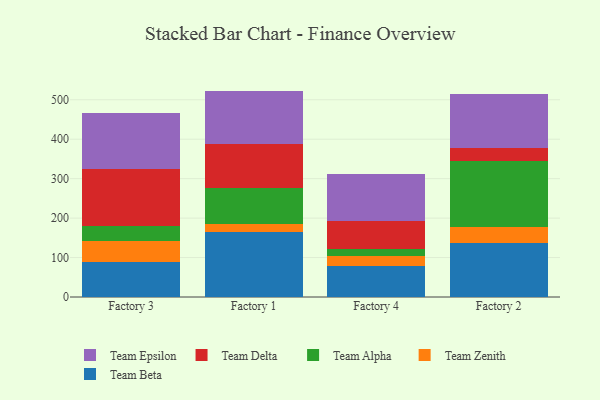
{"axis": {"x": "Factory", "y": "LTV (USD)"}, "legend": ["Team Alpha", "Team Beta", "Team Delta", "Team Epsilon", "Team Zenith"], "data": [{"x": "Factory 3", "y": 89.0, "type": "Team Beta"}, {"x": "Factory 3", "y": 53.3, "type": "Team Zenith"}, {"x": "Factory 3", "y": 37.1, "type": "Team Alpha"}, {"x": "Factory 3", "y": 145.7, "type": "Team Delta"}, {"x": "Factory 3", "y": 141.3, "type": "Team Epsilon"}, {"x": "Factory 1", "y": 163.8, "type": "Team Beta"}, {"x": "Factory 1", "y": 20.1, "type": "Team Zenith"}, {"x": "Factory 1", "y": 92.0, "type": "Team Alpha"}, {"x": "Factory 1", "y": 111.6, "type": "Team Delta"}, {"x": "Factory 1", "y": 135.1, "type": "Team Epsilon"}, {"x": "Factory 4", "y": 78.5, "type": "Team Beta"}, {"x": "Factory 4", "y": 26.4, "type": "Team Zenith"}, {"x": "Factory 4", "y": 17.2, "type": "Team Alpha"}, {"x": "Factory 4", "y": 70.5, "type": "Team Delta"}, {"x": "Factory 4", "y": 120.2, "type": "Team Epsilon"}, {"x": "Factory 2", "y": 137.0, "type": "Team Beta"}, {"x": "Factory 2", "y": 39.4, "type": "Team Zenith"}, {"x": "Factory 2", "y": 169.3, "type": "Team Alpha"}, {"x": "Factory 2", "y": 31.2, "type": "Team Delta"}, {"x": "Factory 2", "y": 136.6, "type": "Team Epsilon"}]}